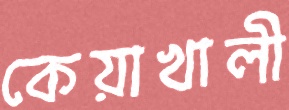
কেয়াখালী